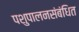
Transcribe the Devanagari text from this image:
पशुपालनसंबंधित